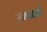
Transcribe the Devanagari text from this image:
सम्प्रदानों